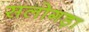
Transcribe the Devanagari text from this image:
सलोगड़ा